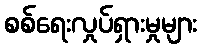
စစ်ရေးလှုပ်ရှားမှုများ